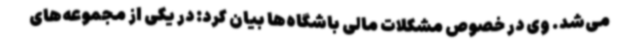
می‌شد. وی در خصوص مشکلات مالی باشگاه‌ها بیان کرد: در یکی از مجموعه‌های